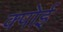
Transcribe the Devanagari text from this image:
क्पोई